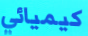
كيميائي